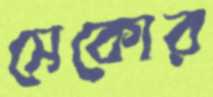
সেকোর